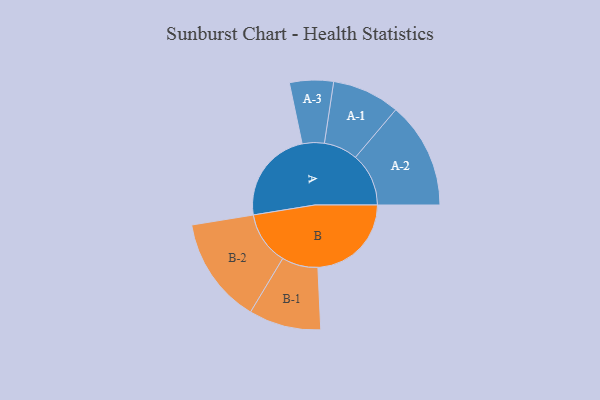
{"axis": {"x": "Segment", "y": "Value"}, "legend": ["", "A", "B"], "data": [{"x": "A", "y": 469, "type": ""}, {"x": "B", "y": 469, "type": ""}, {"x": "A-1", "y": 170, "type": "A"}, {"x": "A-2", "y": 267, "type": "A"}, {"x": "A-3", "y": 110, "type": "A"}, {"x": "B-1", "y": 181, "type": "B"}, {"x": "B-2", "y": 267, "type": "B"}]}